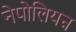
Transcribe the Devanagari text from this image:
नेपोलियऩ